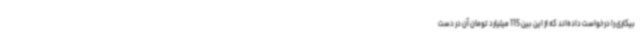
بیکاری را درخواست داده‌اند که از این بین 115 میلیارد تومان آن در دست